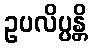
ဥပလိပ္ပန္တိ